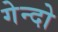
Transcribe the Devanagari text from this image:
गेन्दो